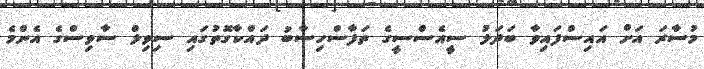
މުސާރަ އަށް އައިސްފައިވާ ބަދަލު ސީއެސްސީގެ ތަފާސްހިސާބު ދައްކާގޮތުގައި ސިވިލް ސާވިސްގެ އެންމެ